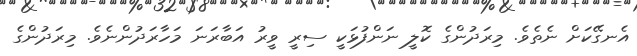
އެނގޭކަށް ނެތެވެ. މިރަދުންގެ ކޮލީ ނަންފުޅަކީ ސިރީ ވީރު އަބާރަނަ މަހާރަދުންނެވެ. މިރަދުންގެ